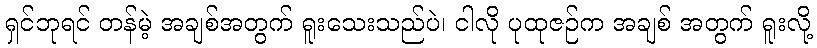
ရှင်ဘုရင် တန်မဲ့ အချစ်အတွက် ရူးသေးသည်ပဲ၊ ငါလို ပုထုဇဉ်က အချစ် အတွက် ရူးလို့